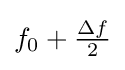
{\textstyle f_{0}+{\frac {\Delta f}{2}}}